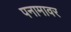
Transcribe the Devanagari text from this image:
पनामावर